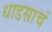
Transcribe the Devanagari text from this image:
धाडसाचं